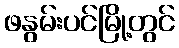
ဖနွမ်းပင်မြို့တွင်